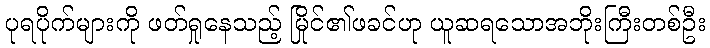
ပုရပိုက်များကို ဖတ်ရှုနေသည့် မြိုင်၏ဖခင်ဟု ယူဆရသောအဘိုးကြီးတစ်ဦး